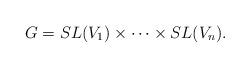
LaTeX: \begin{align*}G = SL(V_{1})\times \dotsb \times SL(V_{n}).\end{align*}